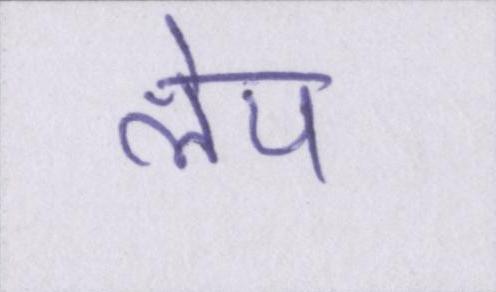
लेय